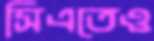
সিএতেও